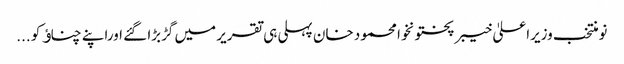
نومنتخب وزیراعلیٰ خیبر پختونخوا محمود خان پہلی ہی تقریر میں گڑبڑا گئے اوراپنے چناﺅ کو ...